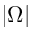
| \Omega |